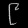
Digit: ၉